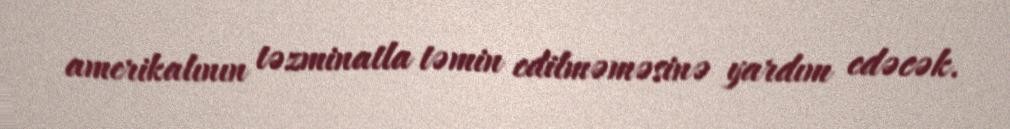
amerikalının təzminatla təmin edilməməsinə yardım edəcək.